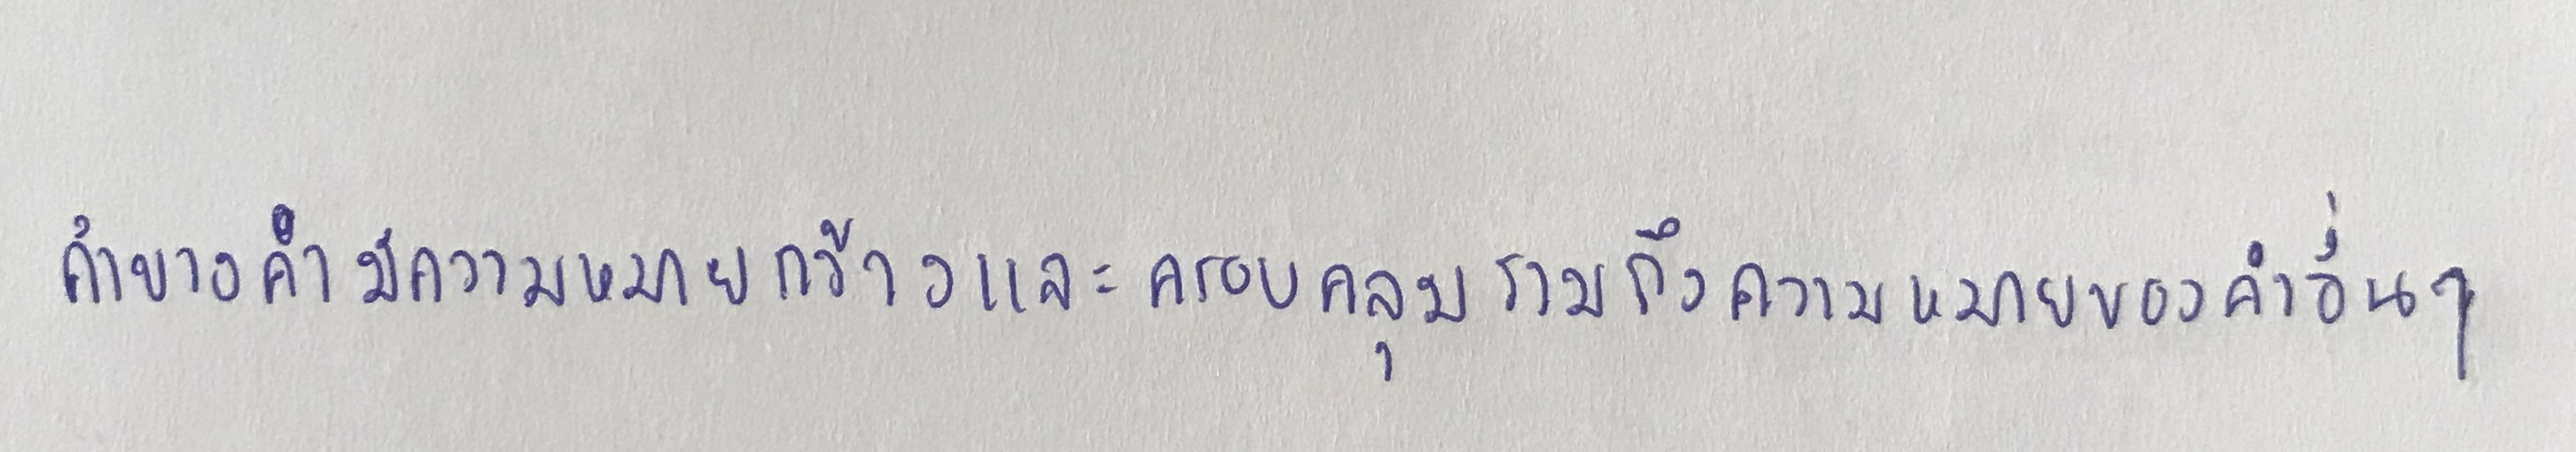
คำบางคำมีความหมายกว้างและครอบคลุมรวมถึงความหมายของคำอื่นๆ